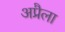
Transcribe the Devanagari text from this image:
अप्रैला